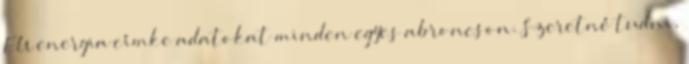
EU energia címke adatokat minden egyes abroncson. Szeretné tudni,